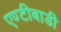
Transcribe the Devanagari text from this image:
एण्टीबाडी